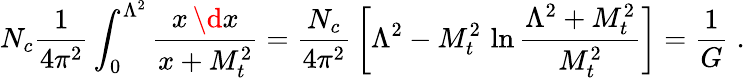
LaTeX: N_{c}{\frac{1}{4\pi^{2}}}\int_{0}^{\Lambda^{2}}{\frac{x\, \d x}{x+M_{t}^{2}}}={\frac{N_{c}}{4\pi^{2}}}\left[\Lambda^{2}-M_{t}^{2}\, \ln{\frac{\Lambda^{2}+M_{t}^{2}}{M_{t}^{2}}}\right]={\frac{1}{G}}\; .